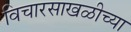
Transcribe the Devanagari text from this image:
विचारसाखळीच्या